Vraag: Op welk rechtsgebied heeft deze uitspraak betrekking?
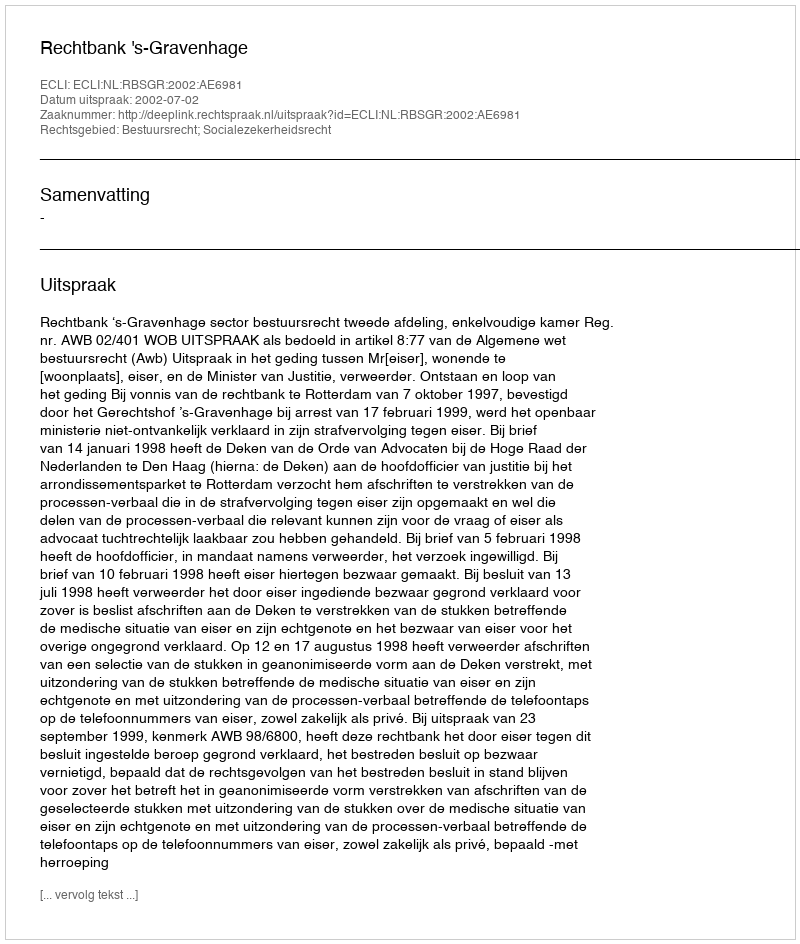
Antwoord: Bestuursrecht; Socialezekerheidsrecht